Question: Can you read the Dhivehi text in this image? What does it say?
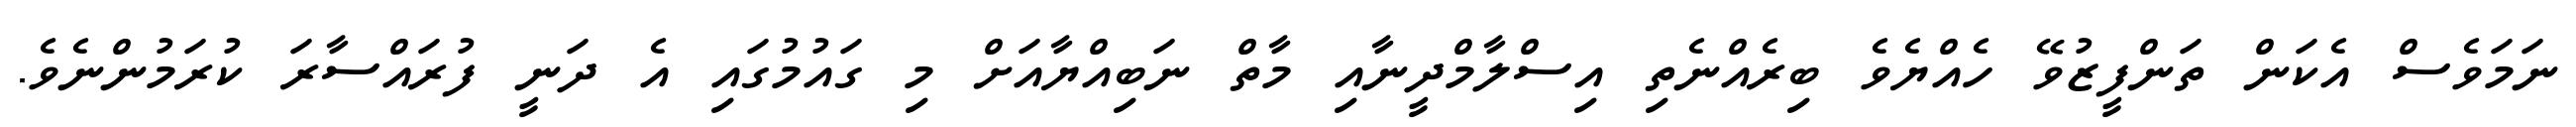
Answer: ނަމަވެސް އެކަން ތަންފީޒުވޭ ހެއްޔެވެ ބިރެއްނެތި އިސްލާމްދީނާއި މާތް ނަބިއްޔާއަށް މި ގައުމުގައި އެ ދަނީ ފުރައްސާރަ ކުރަމުންނެވެ.